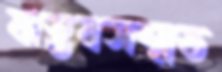
বাস্তবসম্মত